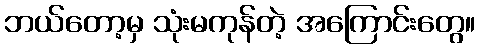
ဘယ်တော့မှ သုံးမကုန်တဲ့ အကြောင်းတွေ။